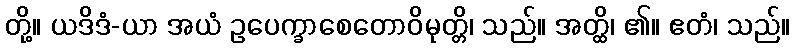
တို့။ ယဒိဒံ-ယာ အယံ ဥပေက္ခာစေတောဝိမုတ္တိ၊ သည်။ အတ္ထိ၊ ၏။ ဧတံ၊ သည်။